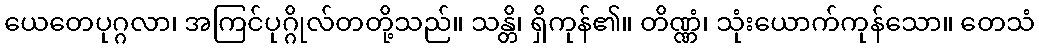
ယေတေပုဂ္ဂလာ၊ အကြင်ပုဂ္ဂိုလ်တတို့သည်။ သန္တိ၊ ရှိကုန်၏။ တိဏ္ဏံ၊ သုံးယောက်ကုန်သော။ တေသံ